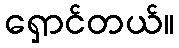
ရှောင်တယ်။